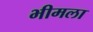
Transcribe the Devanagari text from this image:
भीमला